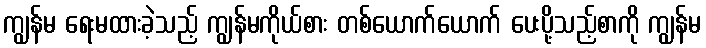
ကျွန်မ ရေးမထားခဲ့သည့် ကျွန်မကိုယ်စား တစ်ယောက်ယောက် ပေးပို့သည့်စာကို ကျွန်မ